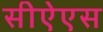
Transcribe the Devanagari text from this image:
सीऐएस